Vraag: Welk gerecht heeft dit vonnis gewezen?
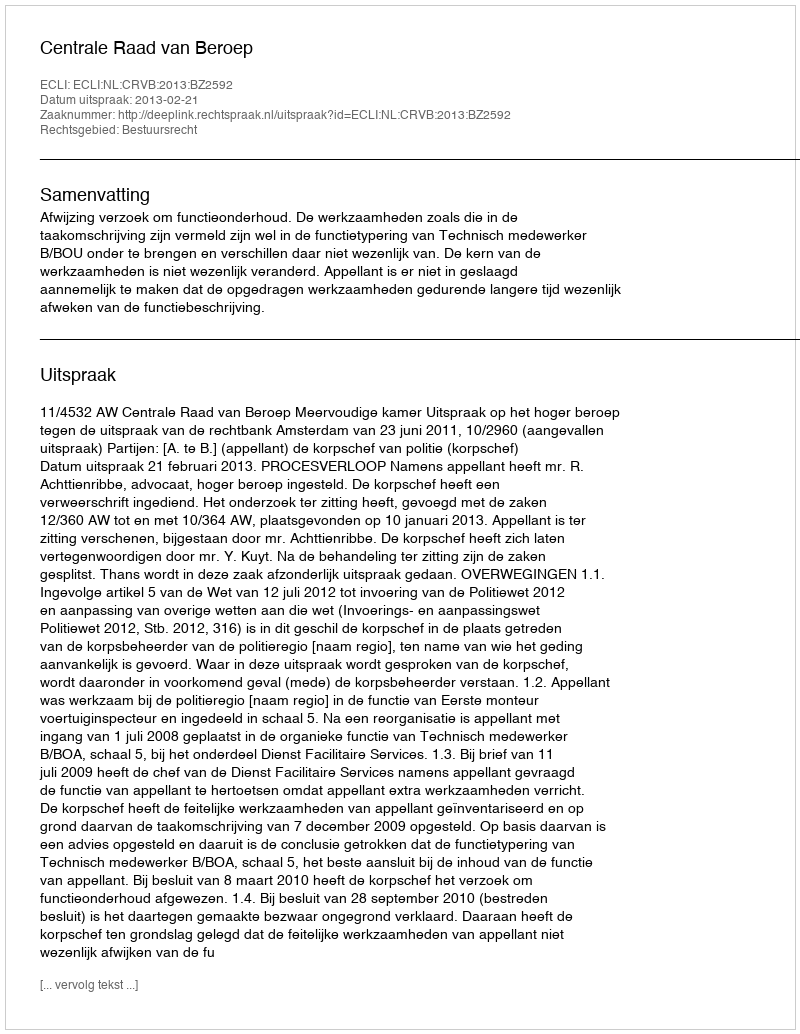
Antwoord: Centrale Raad van Beroep